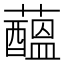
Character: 𧂯